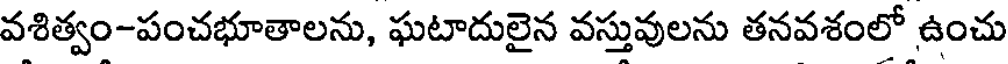
వశిత్వం-పంచభూతాలను, ఘటాదులైన వస్తువులను తనవశంలో ఉంచు